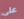
على